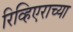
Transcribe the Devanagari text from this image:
रिव्हिएराच्या